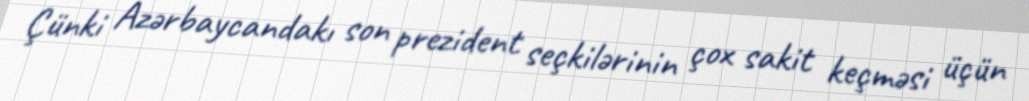
Çünki Azərbaycandakı son prezident seçkilərinin çox sakit keçməsi üçün